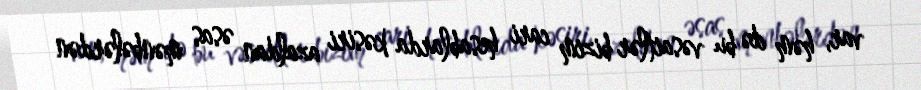
var, həm də bu vəsaitlər bizim cari hesablarda kəsiri azaldan əsas mənbələrdən